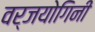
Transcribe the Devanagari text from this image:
वर्जयोगिनी